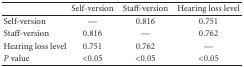
|  | Self-version | Staff-version | Hearing loss level |
 | --- | --- | --- | --- |
 | Self-version | — | 0.816 | 0.751 |
 | Staff-version | 0.816 | — | 0.762 |
 | Hearing loss level | 0.751 | 0.762 | — |
 | P value | <0.05 | <0.05 | <0.05 |